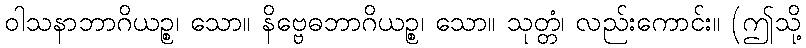
ဝါသနာဘာဂိယဉ္စ၊ သော။ နိဗ္ဗေဓဘာဂိယဉ္စ၊ သော။ သုတ္တံ၊ လည်းကောင်း။ (ဤသို့